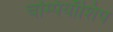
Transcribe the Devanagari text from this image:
चम्पियाँशिप